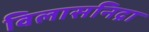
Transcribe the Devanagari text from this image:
विलासनिद्रा